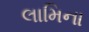
લામિના